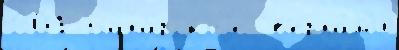
601 Бахарскоjе  в'ерха́м'и